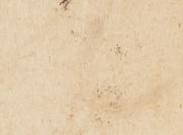
道